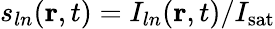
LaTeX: s_{ln}(\mathbf{r},t)=I_{ln}(\mathbf{r},t)/I_{\mathrm{sat}}